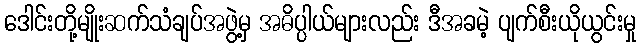
ဒေါင်းတို့မျိုးဆက်သံချပ်အဖွဲ့မှ အဓိပ္ပါယ်များလည်း ဒီအခမဲ့ ပျက်စီးယိုယွင်းမှု